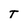
Character: T